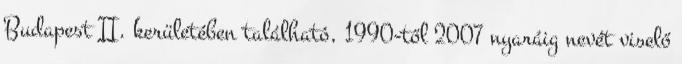
Budapest II. kerületében található, 1990-től 2007 nyaráig nevét viselő